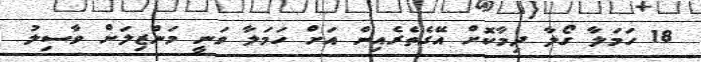
18 ހަމަލާ ގޯލާ ދިމާކޮށް އޭގެތެރެއިން އަށް ހަމަލާ ވަނީ މަންޒިލަށް ވާސިލު